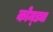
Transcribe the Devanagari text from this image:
कोम्ड्या